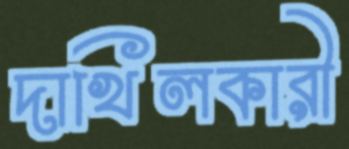
দাখিলকারী